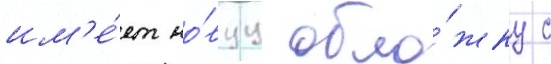
им'е́ет но́вуу обло́жку с